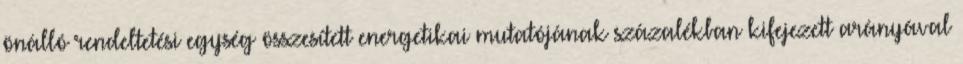
önálló rendeltetési egység összesített energetikai mutatójának százalékban kifejezett arányával